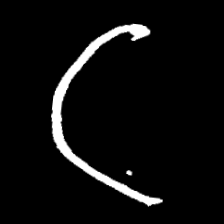
Pyu character \u2014 Myanmar letter: ဋ (romanized: tta)